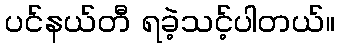
ပင်နယ်တီ ရခဲ့သင့်ပါတယ်။